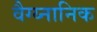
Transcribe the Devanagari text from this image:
वैग्य्नानिक